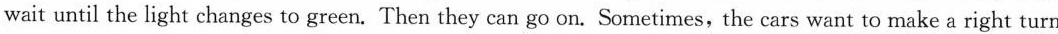
wait until the light changes to green. Then they can go on. Sometimes, the cars want to make a right turn